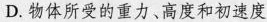
D.物体所受的重力、高度和初速度